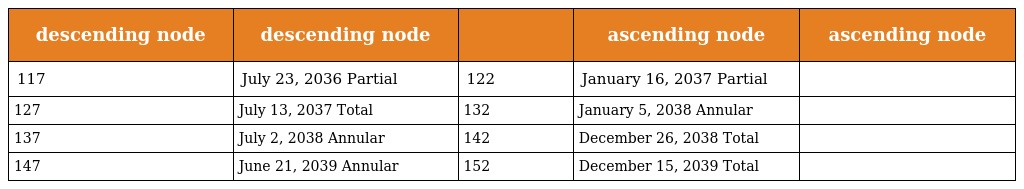
| descending node | descending node |  | ascending node | ascending node |
 | --- | --- | --- | --- | --- |
 | 117 | July 23, 2036 Partial | 122 | January 16, 2037 Partial |  |
 | 127 | July 13, 2037 Total | 132 | January 5, 2038 Annular |  |
 | 137 | July 2, 2038 Annular | 142 | December 26, 2038 Total |  |
 | 147 | June 21, 2039 Annular | 152 | December 15, 2039 Total |  |